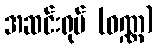
အဆင်းရုပ် (ဝဏ္ဏ)